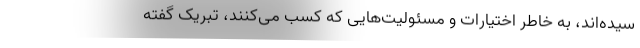
سیده‌اند، به خاطر اختیارات و مسئولیت‌هایی که کسب می‌کنند، تبریک گفته